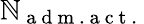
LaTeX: \mathbb{N}_{\mathrm{{~a~d~m~.~a~c~t~.~}}}